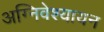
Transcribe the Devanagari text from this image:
अग्निवेश्यायन